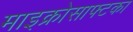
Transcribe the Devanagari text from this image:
माइक्रोसाफ्टका